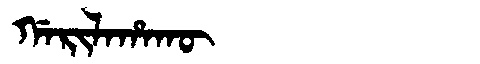
Manchu: ᡤᠠᡵᡳᠯᠠᡥᠠᡴᡡ
Romanization: GARILAHAKŪ